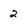
Character: 2